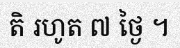
តិ រហូត ៧ ថ្ងៃ ។